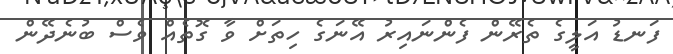
ފަނޑު އަލީގެ ތެރޭން ފެންނައިރު އޭނަގެ ހިތަށް ވާ ގޮތެއް ވެސް ބުނެދޭން